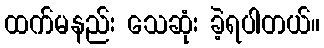
ထက်မနည်း သေဆုံး ခဲ့ရပါတယ်။